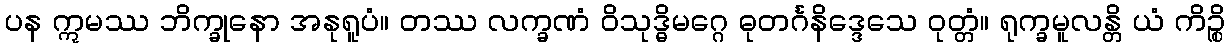
ပန ဣမဿ ဘိက္ခုနော အနုရူပံ။ တဿ လက္ခဏံ ဝိသုဒ္ဓိမဂ္ဂေ ဓုတင်္ဂနိဒ္ဒေသေ ဝုတ္တံ။ ရုက္ခမူလန္တိ ယံ ကိဉ္စိ